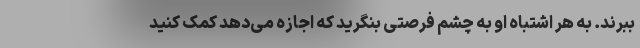
ببرند. به هر اشتباه او به چشم فرصتی بنگرید که اجازه می‌دهد کمک کنید